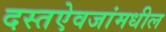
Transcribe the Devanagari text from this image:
दस्तऐवजांमधील